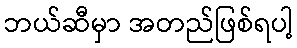
ဘယ်ဆီမှာ အတည်ဖြစ်ရပါ့